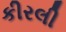
કીરલી